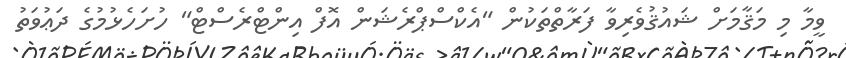
ވީމާ މި މަޤާމަށް ޝައުޤުވެރިވާ ފަރާތްތަކުން "އެކްސްޕްރެޝަން އޮފް އިންޓްރެސްޓް" ހުށަހެޅުމުގެ ދަޢުވަތު